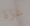
غزة